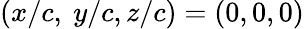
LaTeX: (x/c,\ y/c,z/c)=(0,0,0)